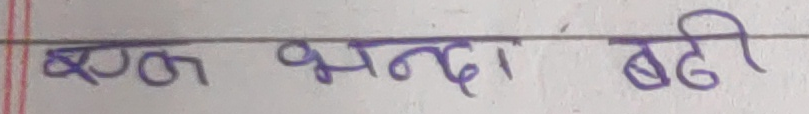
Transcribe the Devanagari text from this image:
एक्ल भन्दा बढी